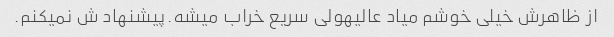
از ظاهرش خیلی خوشم میاد عالیهولی سریع خراب میشه.پیشنهاد ش نمیکنم.